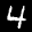
Label: 4